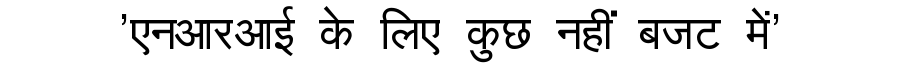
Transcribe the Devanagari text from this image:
'एनआरआई के लिए कुछ नहीं बजट में'